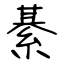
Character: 綦